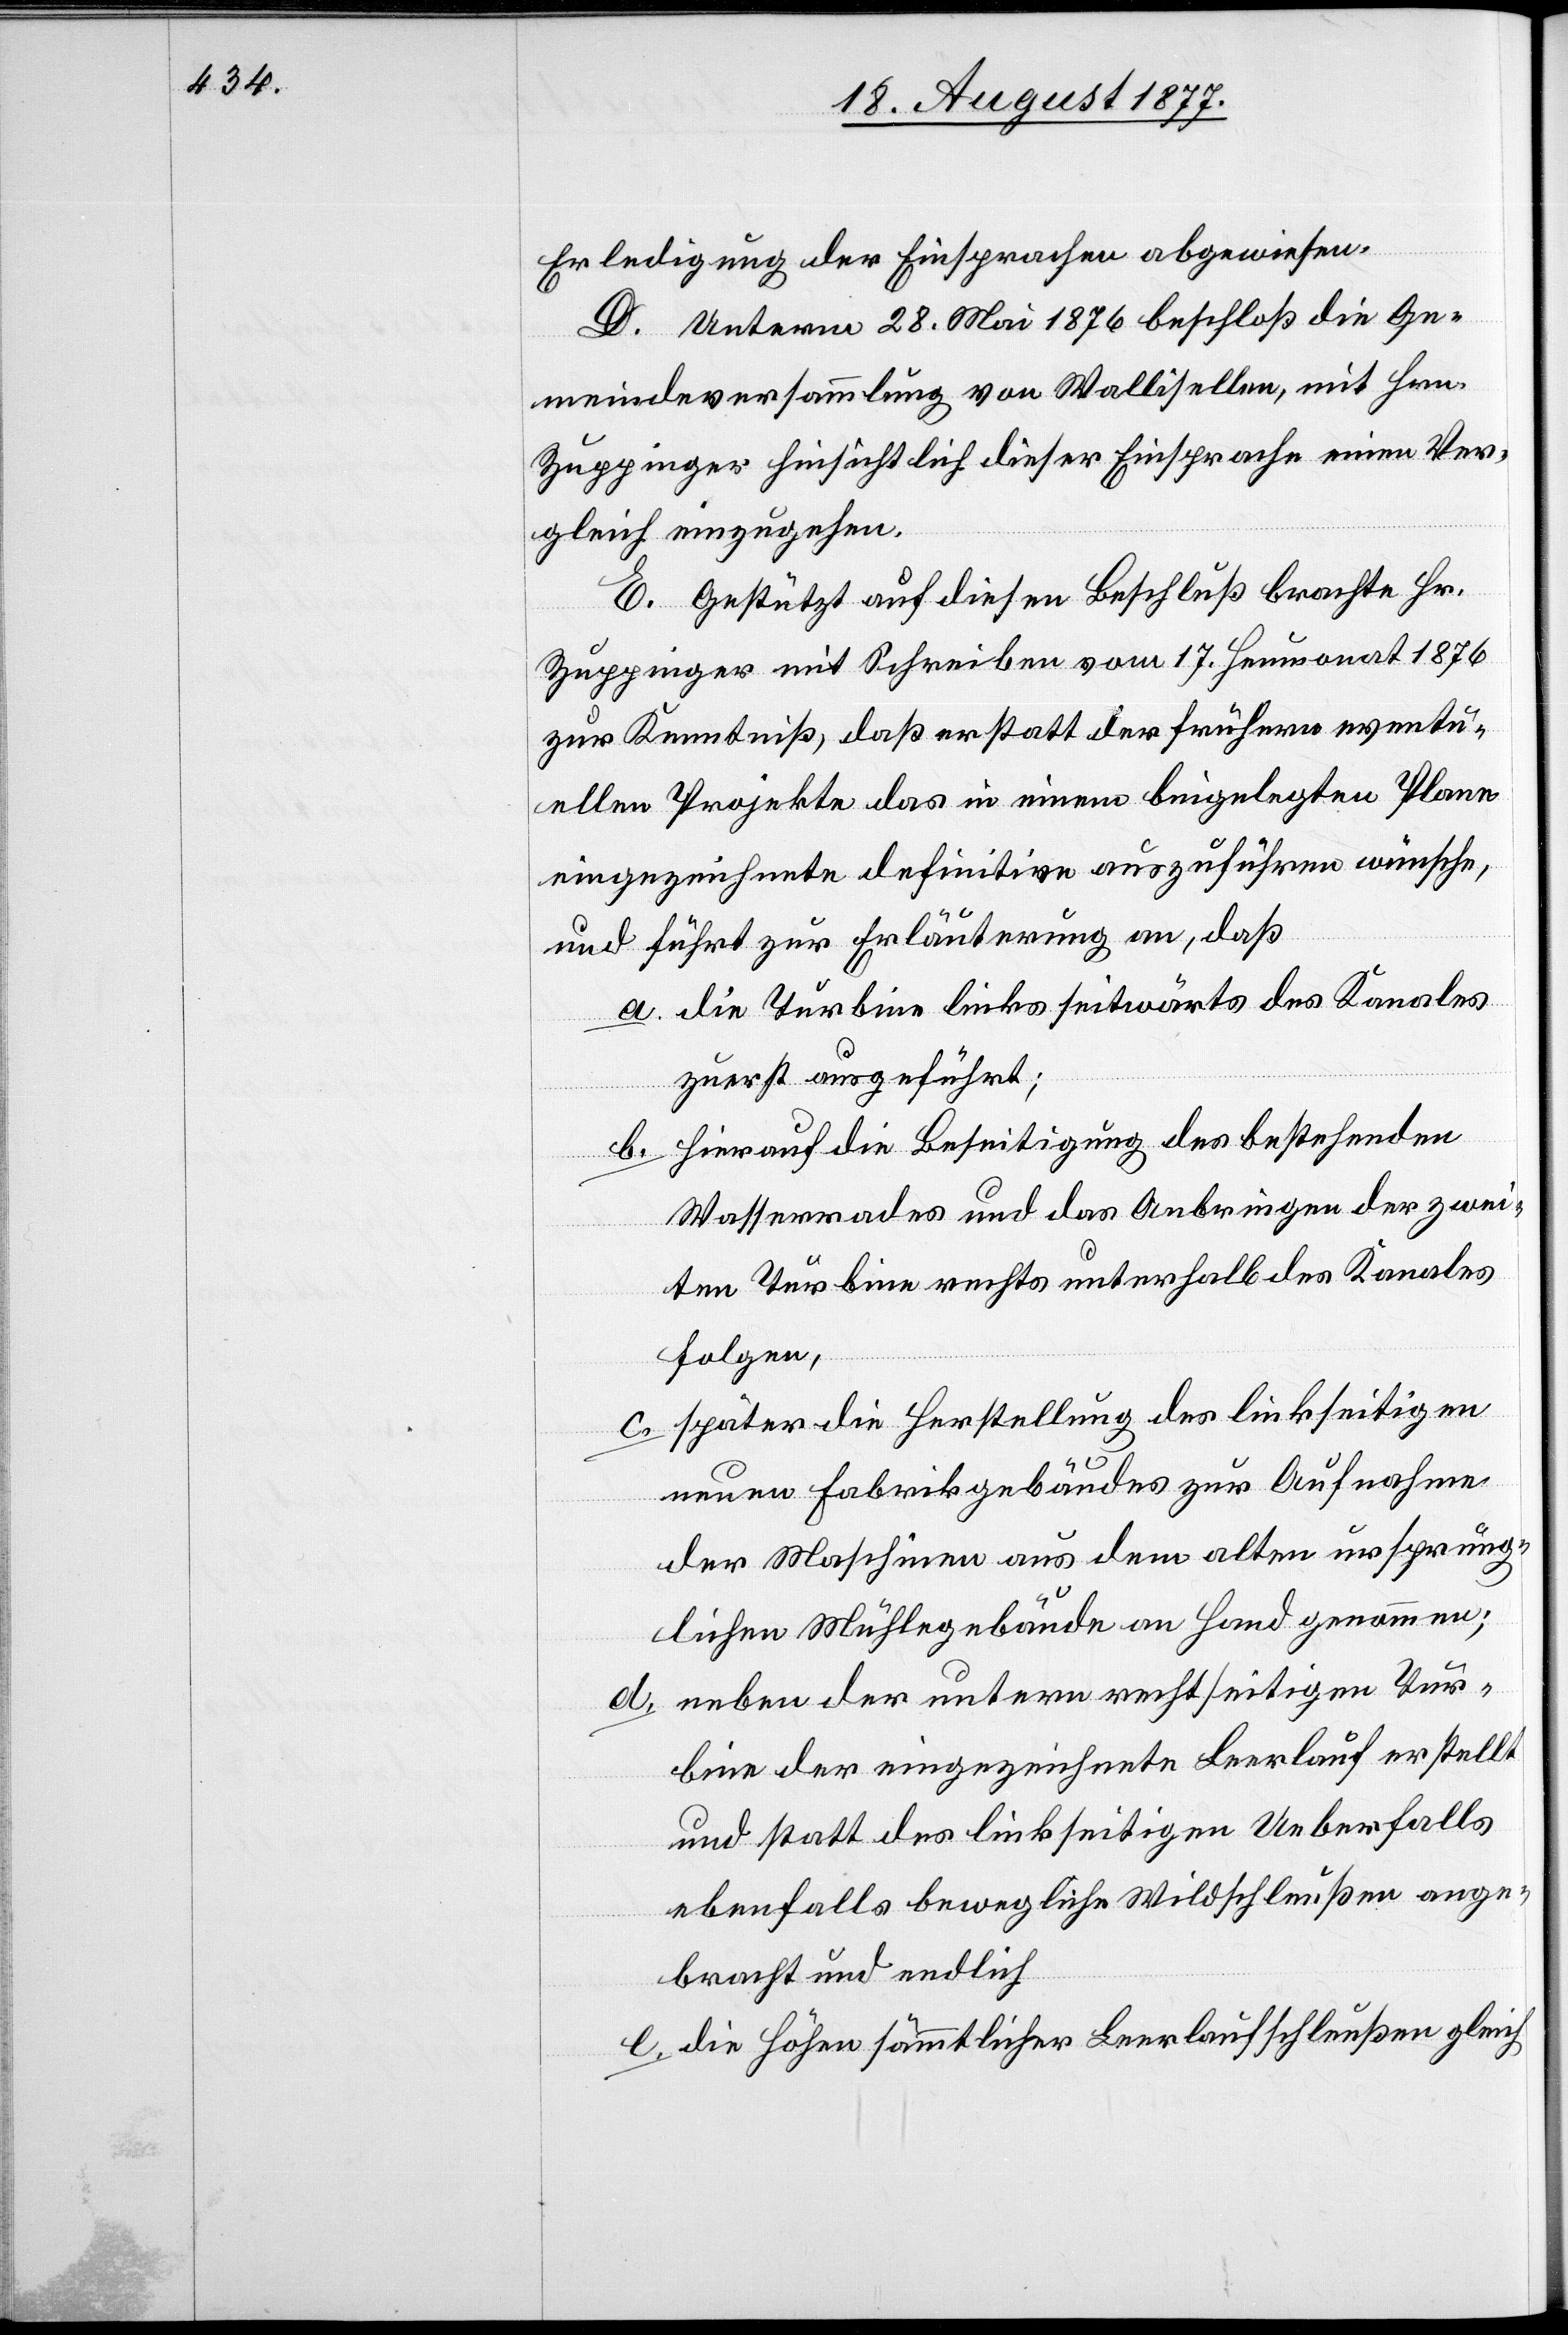
Erledigung der Einsprachen abgewiesen.
D. Unterm 28. Mai 1876 beschloß die Ge¬
meindeversammlung von Wallisellen, mit Hrn.
Zuppinger hinsichtlich dieser Einsprache einen Ver¬
gleich einzugehen.
E. Gestützt auf diesen Beschluß brachte Hr.
Zuppinger mit Schreiben vom 17. Heumonat 1876
zur Kenntniß, daß er statt der frühern eventu¬
ellen Projekte das in einem beigelegten Plane
eingezeichnete definitive auszuführen wünsche,
und führt zur Erläuterung an, daß
die Turbine links seitwärts des Kanales
zuerst ausgeführt;
hierauf die Beseitigung des bestehenden
Wasserrades und das Anbringen der zwei¬
ten Turbine rechts unterhalb des Kanales
folgen,
später die Herstellung des linkseitigen
neuen Fabrikgebäudes zur Aufnahme
der Maschinen aus dem alten ursprüng¬
lichen Mühlegebäude an Hand genommen;
neben der untern rechtseitigen Tur¬
bine der eingezeichnete Leerlauf erstellt
und statt des linkseitigen Ueberfalls
ebenfalls bewegliche Wildschleußen ange¬
bracht und endlich
die Höhen sämmtlicher Leerlaufschleußen gleich